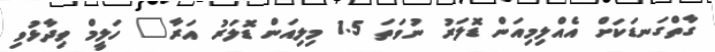
ގާތްގަނޑަކަށް އެއްލިމިއަން ޑޮލަރު ނުވަތަ 1.5 މިލިއަން ޑޮލަރު އަރާ" ހަލީމް ވިދާޅުވި